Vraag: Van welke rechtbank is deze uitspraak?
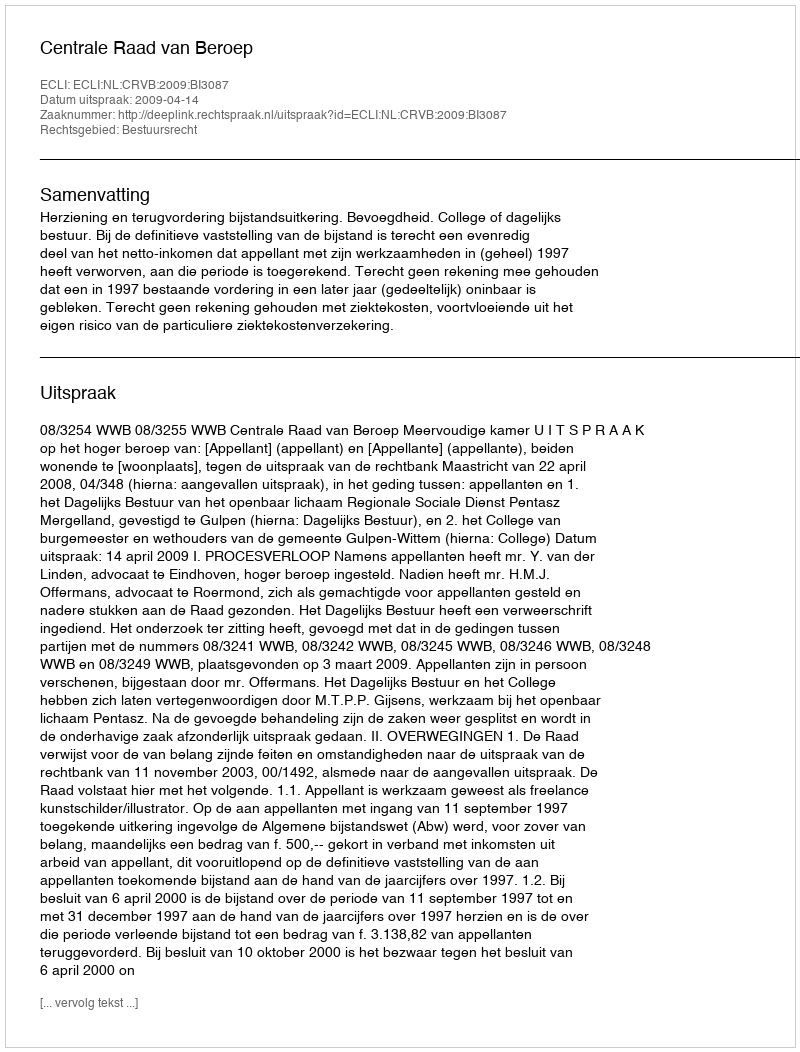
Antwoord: Centrale Raad van Beroep